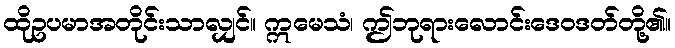
ထိုဥပမာအတိုင်းသာလျှင်။ ဣမေသံ၊ ဤဘုရားလောင်းဒေဝဒတ်တို့၏။